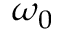
\omega _ { 0 }